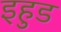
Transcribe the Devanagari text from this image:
इहुड